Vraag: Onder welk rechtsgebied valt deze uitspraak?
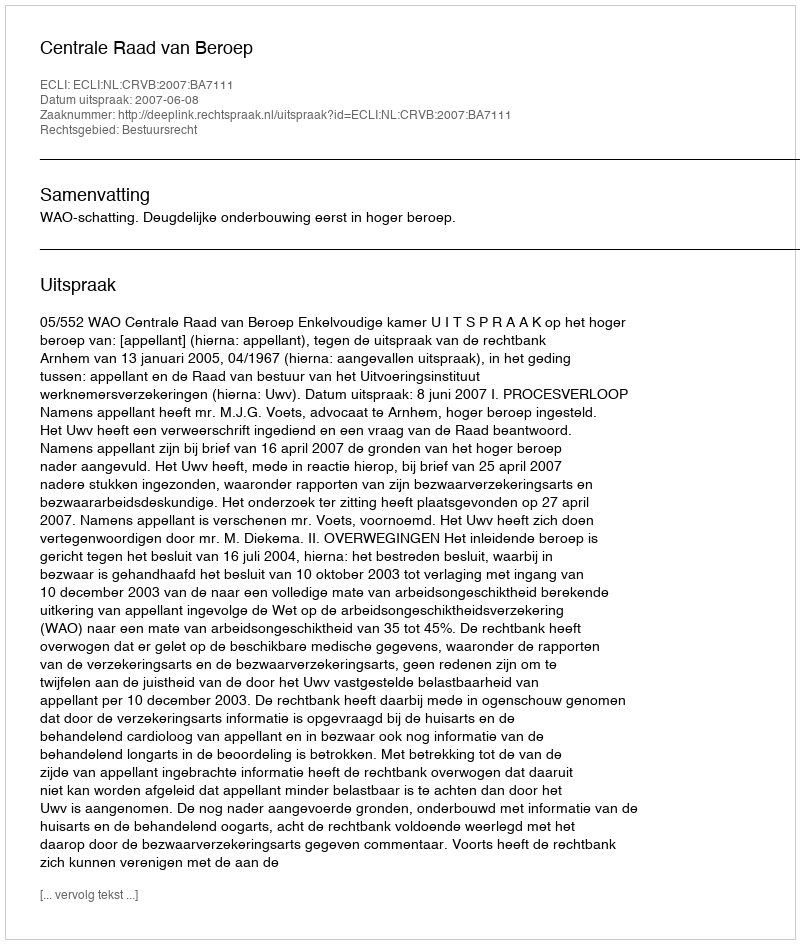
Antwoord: Bestuursrecht